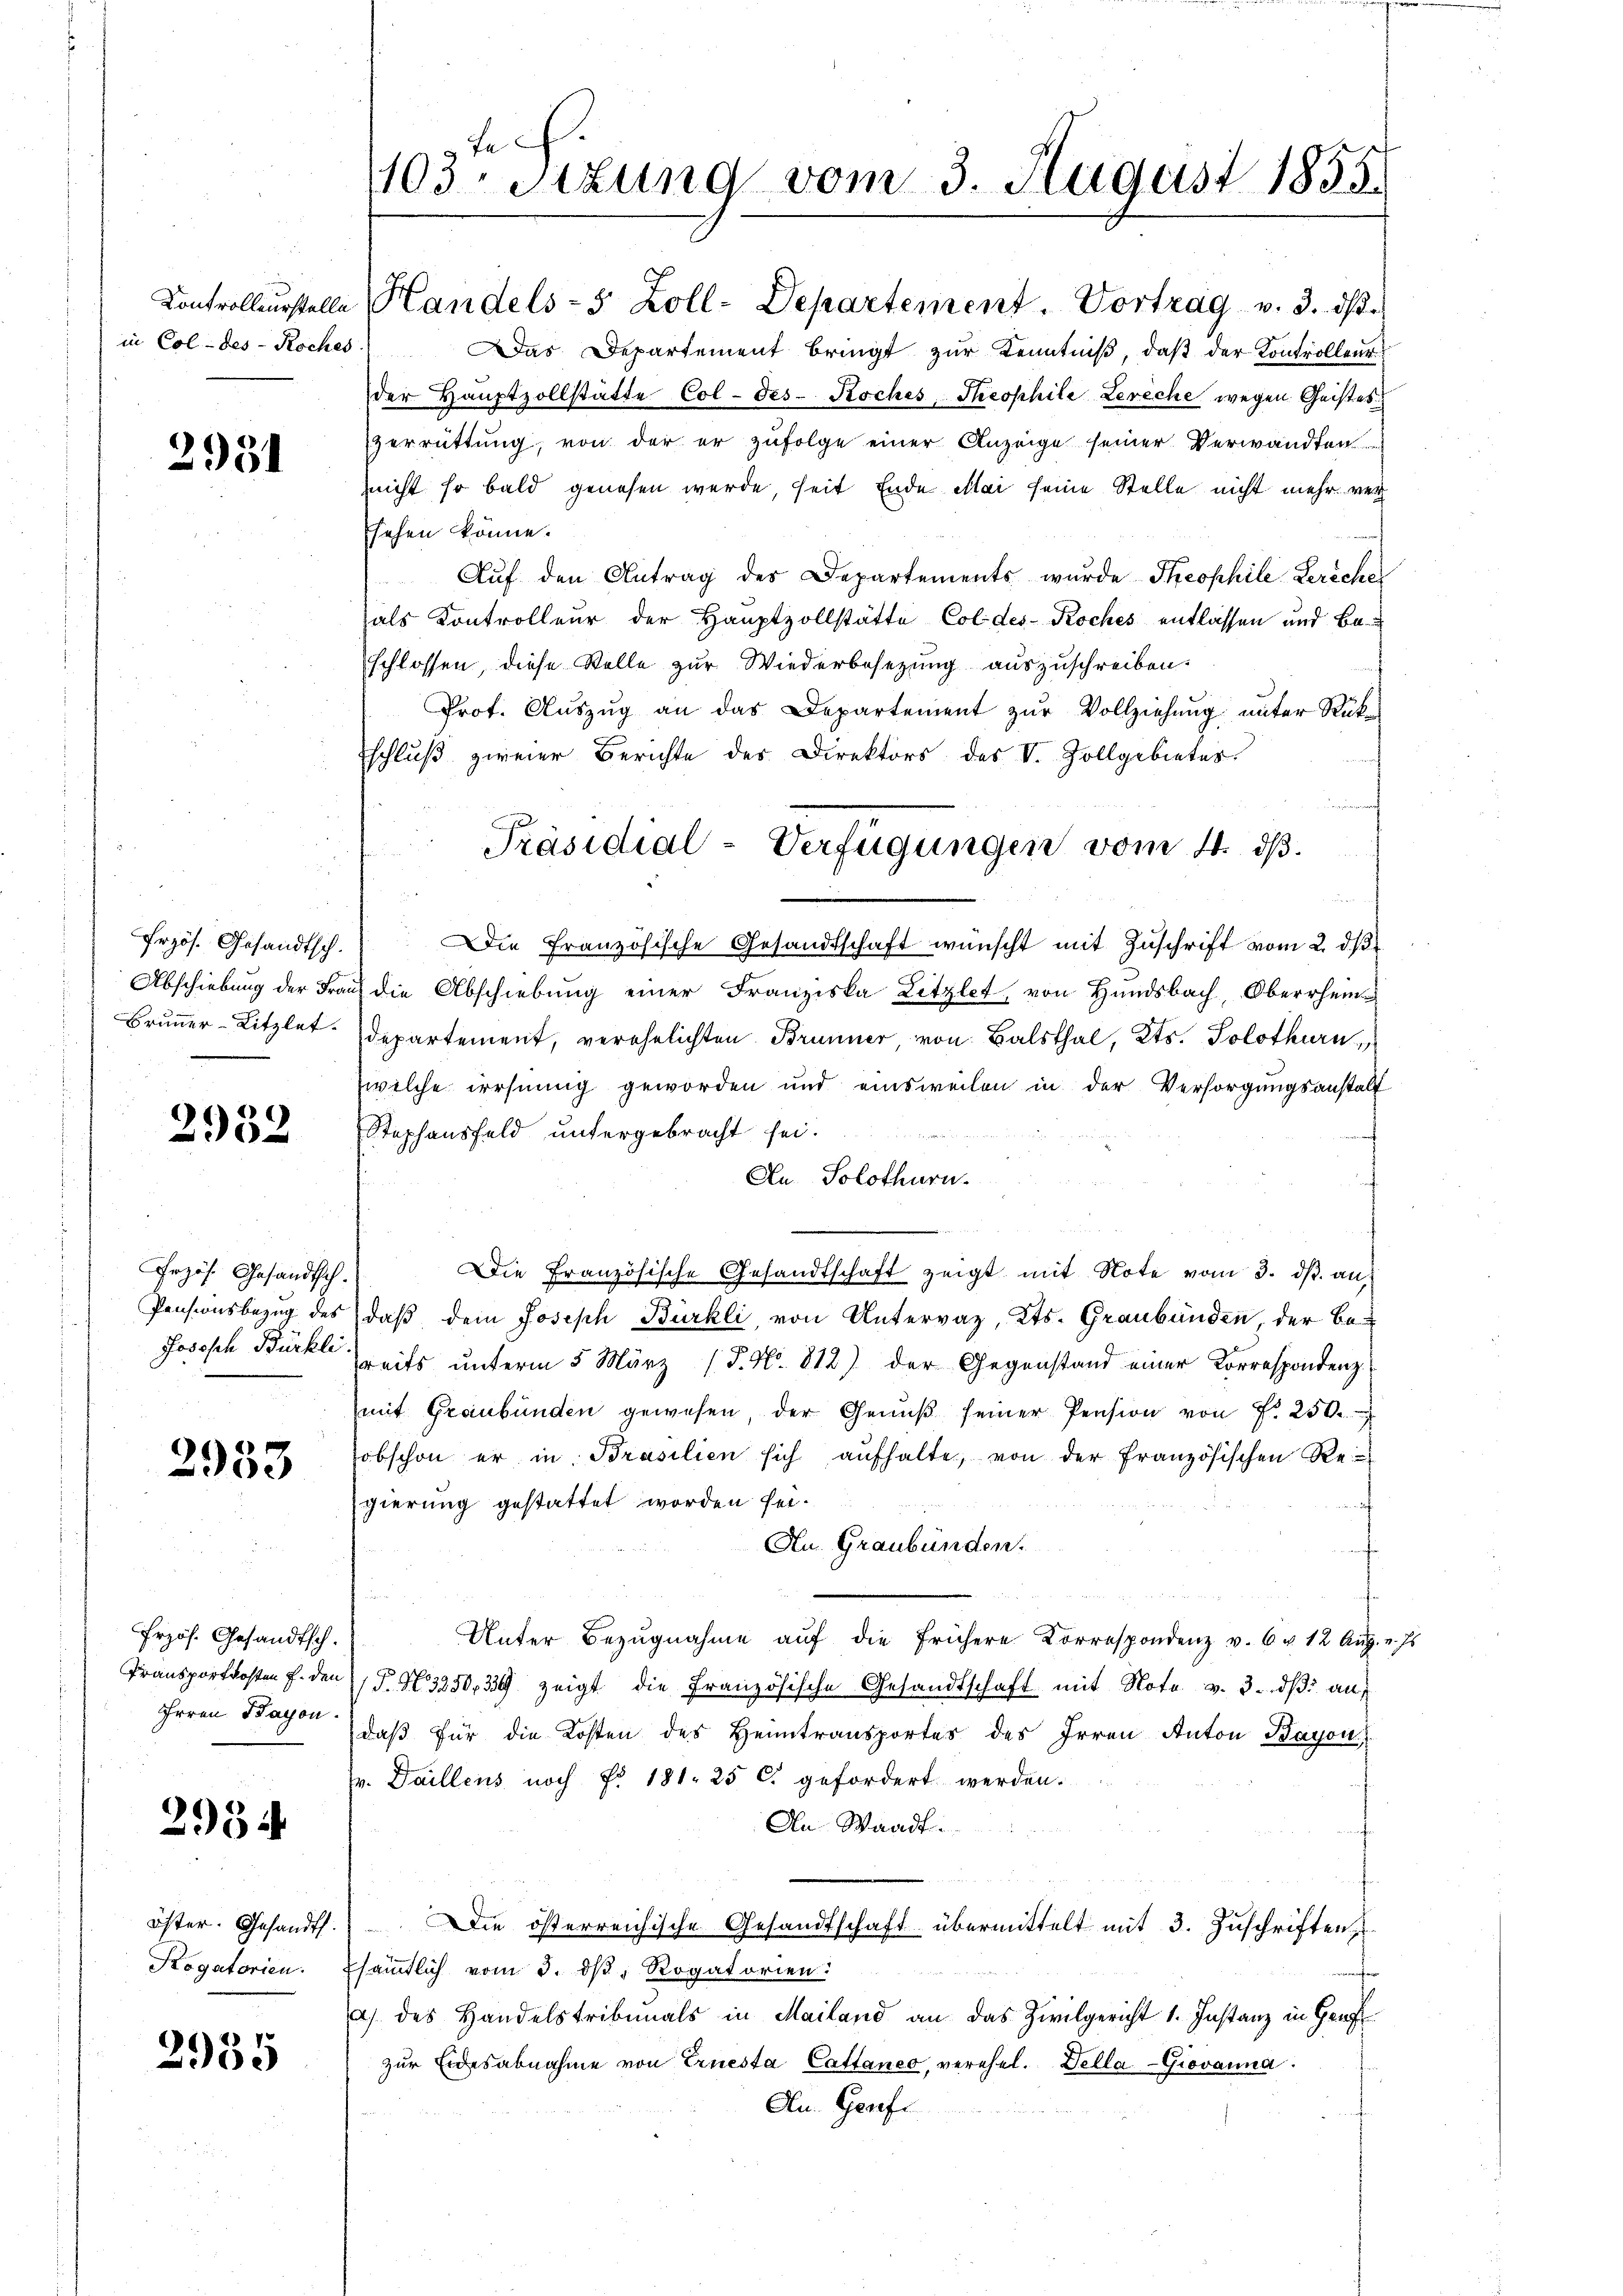
2951

Frzös. Gesandtsch.
Brunner-Litzlet.

2952

Przös. Gesandtsch.

2953

Frzös. Gesandtsch.
Transportkosten f. den
Irren Bayon.

2954

öster. Gesandts
Rogatorien.

2935

1103. Sitzung vom 3. August 1855.

Controlleurstelle Handels- 5 Zoll-Departement. Vortrag v. 3. ds.
in Col-des Roches) Das Departement bringt zur Kenntniß, daß der Kontrolleur
der Haŭptzollstätte Col-Fes- Koches Theophile Lereche wegen Geistes
zerrüttung, von der er zufolge einer Anzeige seiner Verwandten
(nicht so bald genesen werde, seit Ende Mai seine Stelle nicht mehr ver
sehen könne.
Aŭf den Antrag des Departements wurde Theophile Beriches
als Kontrolleur der Hauptzollstätte Col des Koches entlassen und Beschlossen, diese Stelle zur Wiederbesetzung auszuschreiben.
Prot. Aŭszŭg an das Departement zŭr Vollziehung unter Rük¬
Eschluß zweier Berichte der Direktors des V. Zollgebieter
d
Die Französische Gesandtschaft wünscht mit Zŭschrift vom 2. dβ
Abschiebung der Frau die Abschiebung einer Franziska Litzlet, von Hundsbach, Oberrheins
departement, verehelichten Brunner von Balsthal, Kts. Solothurn,
welche irrsinnig geworden und einsweilen in der Versorgŭngsanstalt
Stephansfeld untergebracht sei.
An Solothurn.
Die Französische Gesandtschaft zeigt mit Note vom 3. dβ an,
Pensionsbezug des daß dem Joseph Bürkli, von Untervaz, Kts. Graubünden, der be¬
Jososch Bürkl reits unterm 5. März (J. No. 812) der Gegenstand einer Korrespondenz
mit Graubünden gewesen, der Genŭβ seiner Pension von f. 250.
obschon er in Brasilien sich aŭfhalte, von der französischen Re-
gierung gestattet worden sei.
An Graubünden.
Unter Bezŭgnahme aŭf die frühere Korrespondenz v. 6 u. 12 Aŭg. v. Js.
T. No 3250, 34 zeigt die Französische Gesandtschaft mit Note v. 3. dß auf
daβ für die Kosten des Heimtransportes des Irren Anton Bayon
v. Daillens noch f. 181. 25 C. gefordert werden.
An Waadt.
Die österreichische Gesandtschaft übermittelt mit 3. Zuschriften,
sämtlich vom 3. ds. Rogatorien:
a) des Handelstribunals in Mailand an das Zivilgericht 1. Instanz in Gef
zŭr Eidesabnahme von Ernesta Cattaneo, verehel. Della-Giovanna
Au. Gerefe

Präsidial-Verfügungen vom 4. dß.